Indian journal of veterinary science and animal husbandry - Volume 4,
Year: 1934
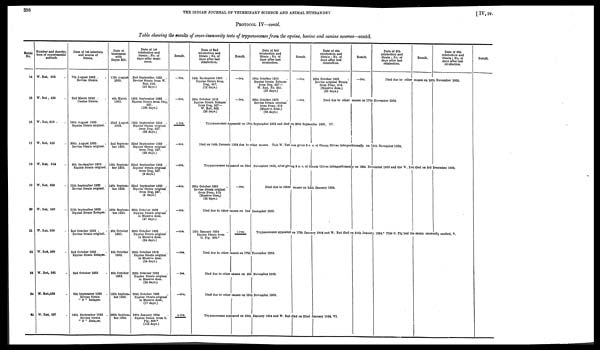
398
THE INDIAN JOURNAL OF VETERINARY SCIENCE AND ANIMAL HUSBANDRY
[ IV, IV.
PROTOCOL IV—contd.
Table showing the results of cross-immunity tests of trypanosomes from the equine, bovine and canine sources—contd.
Serial
No.
14
15
16
17
18
19
20
21
22
23
24
25
Number and descrip-
tion of experimental
animals.
W. Rat, 505 .
W. Rat, 435 .
W. Rat, 510 .
W. Rat, 518 .
W. Rat, 524 .
W. Rat, 529 .
W. Rat, 530 .
W. Rat, 559 .
W. Rat, 560 .
W. Rat, 561 .
W. Rat,526 .
W. Rat, 537 .
Date of 1st infection
and source of
Strain.
7th August 1933 . .
Bovine Strain.
2nd March 1933 . .
Canine Strain .
18th August 1933.
Equine Strain original.
30th August 1933.
Bovine Strain original.
9th September 1933 .
Equine Strain original.
11th September 1933 .
Bovine Strain original.
11th September 1933 .
Equine Strain Relapse.
2nd October 1933 . .
Bovine Strain original.
2nd October 1933 .
Equine Strain Relapse.
2nd October 1933 .
9th September 1933 .
Bovine Strain
" N " Relapse.
16th September 1933 .
Bovine Strain
" N " Relapse.
Date of
treatment
with
Bayes 205.
11th August
1933.
4th March
1933.
22nd August
1933.
2nd Septem-
ber 1933.
13th Septem-
ber 1933.
14th Septem-
ber 1933.
13th Septem-
ber 1933.
6th October
1933.
6th October
1933.
6th October
1933.
13th Septem-
ber 1933.
20th Septem-
ber 1933.
Date of 1st
reinfection and
Strain; No. of
days after treat-
ment.
2nd September 1933 .
Bovine Strain from W.
Rat, 518.
(22 days.)
14th September 1933 .
Equine Strain from Dog,
527.
(190 days.)
14th September 1933 .
Equine Strain original
from Dog, 527.
(22 days.)
22nd September 1933 .
Equine Strain original
from Dog, 527.
(20 days.)
22nd September 1933 .
Equine Strain original
from Dog, 527.
(9 days.)
22nd September 1933 .
Equine Strain original
from Dog, 527.
(8 days.)
30th October 1933 .
Equine Strain original
in Massive dose.
(47 days.)
30th October 1933
Equine Strain original
in Massive dose.
(24 days.)
30th October 1933
Equine Strain original
in Massive dose.
(24 days.)
30th October 1933
Equine Strain original
in Massive dose.
(24 days.)
30th October 1933
Equine Strain original
in Massive dose.
(17 days.)
16th January 1934
Equine Strain from G.
Pig, 608.*
(116 days.)
Result.
—ive.
—ive.
+ ive.
—ive.
—ive.
—ive.
—ive.
—ive.
—ive.
–ive.
—ive.
+ ive.
Date of 2nd
reinfection and
Strain ; No. of
days after last
reinfection.
14th September 1933 .
Equine Strain from
Dog, 527.
(12 days.)
10th October 1933
Equine Strain Relapse
from Dog, 527—
W. Rat, 562.
(26 days.)
Result.
—ive.
—ive.
Date of 3rd
reinfection and
Strain ; No. of
days after last
reinfection.
10th October 1933
Equine Strain Relapse
from Dog, 527—
W. Rat, No. 562.
(27 days.)
30th October 1933
Bovine Strain original
from Pony, 519
(Massive dose.)
(20 days.)
Result.
—ive.
—ive.
Date of 4th
reinfection and
Strain ; No. of
days after last
reinfection.
30th October 1933
Bovine original Strain
from Pony, 519.
(Massive dose.)
(20 days.)
Result.
—ive.
Date of 5th
reinfection and
Strain; No. of
days after last
reinfection.
Result.
Date of 6th
reinfection and
Strain; No. of
days after last
reinfection.
Died due to other causes on 10th November 1933.
Died due to other causes on 17th November 1933.
Trypanosomes appeared on 18th September 1933 and died on 20th September 1933, IV.
Died on 14th January 1934 due to other causes. This W. Rat was given 5 c.c. of Oleum Olivae intraperitoneally on 16th November 1933.
Result.
Trypanosomes appeared on 23rd November 1933, after giving 5 c. c. of Oleum Olivae intraperitoneally on 16th November 1933 and the W. Rat died on 3rd December 1933.
30th October 1933
Bovine Strain original
from Pony, 519
(Massive dose.)
(38 days.)
—ive.
Died due to other causes on 24th January 1934.
Died due to other causes on 2nd December 1933.
16th January 1934
Equine Strain from
G. Pig, 608.*
+ive.
Trypanosomes appeared on 17th January 1934 and W. Rat died on 24th January 1934.* This G, Pig had the strain unusually exalted, V.
Died due to other causes on 17th November 1933.
Died due to other causes on 8th November 1933.
Died due to other causes on 18th November 1933.
Trypanosomes appeared on 18th January 1934 and W. Rat died on 22nd January 1934, VI.